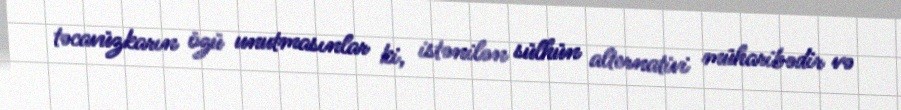
təcavüzkarın özü unutmasınlar ki, istənilən sülhün alternativi müharibədir və